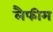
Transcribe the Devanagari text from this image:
लैफीम